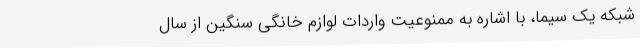
شبکه یک سیما، با اشاره به ممنوعیت واردات لوازم خانگی سنگین از سال